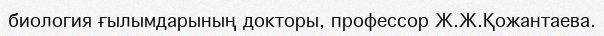
биология ғылымдарының докторы, профессор Ж.Ж.Қожантаева.